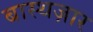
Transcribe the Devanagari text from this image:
बास्थज़ार